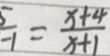
\frac { 5 } { - 1 } = \frac { x + 4 } { x + 1 }